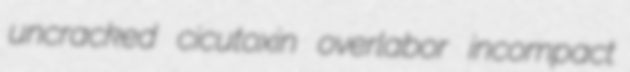
uncracked cicutoxin overlabor incompact